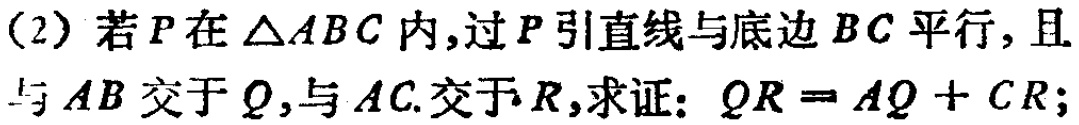
(2) 若\(P\)在\(\triangle ABC\)内,过\(P\)引直线与底边\(BC\)平行,且与\(AB\)交于\(Q\),与\(AC\)交于\(R\),求证: \(QR = AQ + CR\);